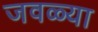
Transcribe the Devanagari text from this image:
जवळ्या